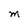
Character: M